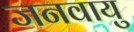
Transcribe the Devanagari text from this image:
जनवायु